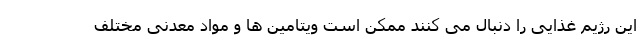
این رژیم غذایی را دنبال می کنند ممکن است ویتامین ها و مواد معدنی مختلف